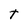
Character: t